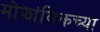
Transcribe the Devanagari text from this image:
मोझांबिकच्या